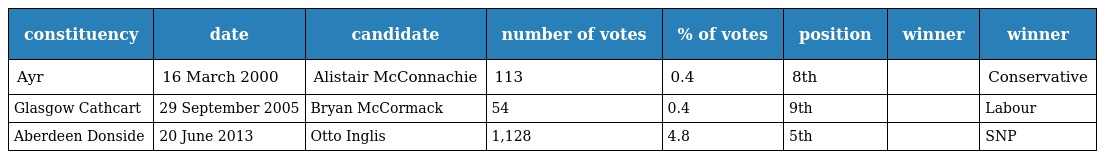
| constituency | date | candidate | number of votes | % of votes | position | winner | winner |
 | --- | --- | --- | --- | --- | --- | --- | --- |
 | Ayr | 16 March 2000 | Alistair McConnachie | 113 | 0.4 | 8th |  | Conservative |
 | Glasgow Cathcart | 29 September 2005 | Bryan McCormack | 54 | 0.4 | 9th |  | Labour |
 | Aberdeen Donside | 20 June 2013 | Otto Inglis | 1,128 | 4.8 | 5th |  | SNP |